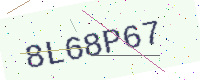
Text: 8L68P67